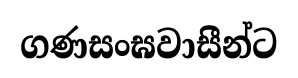
ගණසංඝවාසීන්ට